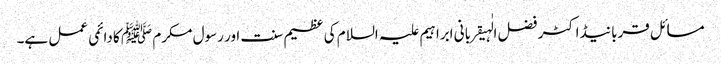
مسائل قربانیڈاکٹر فضل الٰہیقربانی ابراہیم علیہ السلام کی عظیم سنت اور رسول مکرم ﷺ کا دائمی عمل ہے۔